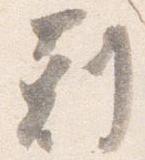
剋